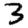
Digit: 3